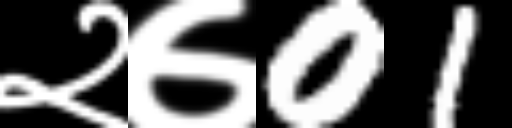
Text: २७01